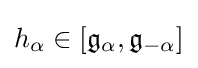
h_{\alpha }\in [{\mathfrak {g}}_{\alpha },{\mathfrak {g}}_{-\alpha }]